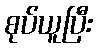
စုပ်ယူပြီး